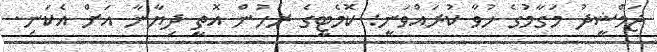
ޖަމްޝީދު މަގާމުގެ ހުވާ ކުރައްވަނީ: ކޮމެޓީގެ ރުހުން އޮތީ ދިޔާނާ އަށް އެކަނި.